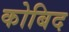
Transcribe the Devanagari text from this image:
कोबिद